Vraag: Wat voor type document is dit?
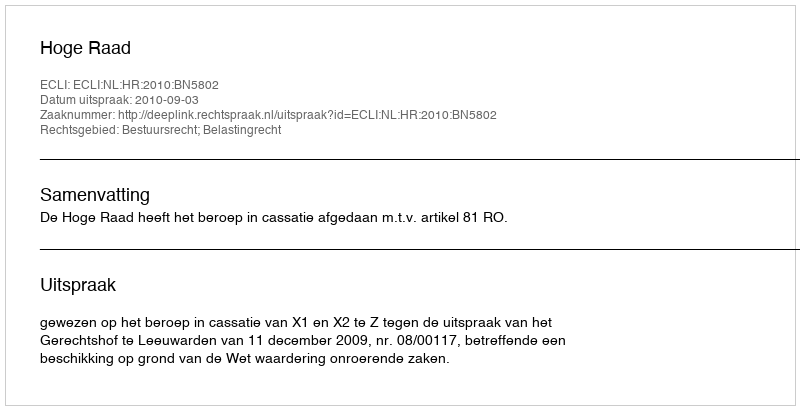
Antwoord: Uitspraak